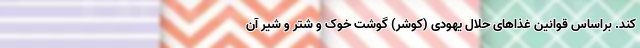
کند. براساس قوانین غذاهای حلال یهودی (کوشر) گوشت خوک و شتر و شیر آن